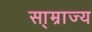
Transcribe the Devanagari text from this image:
सा्म्राज्य